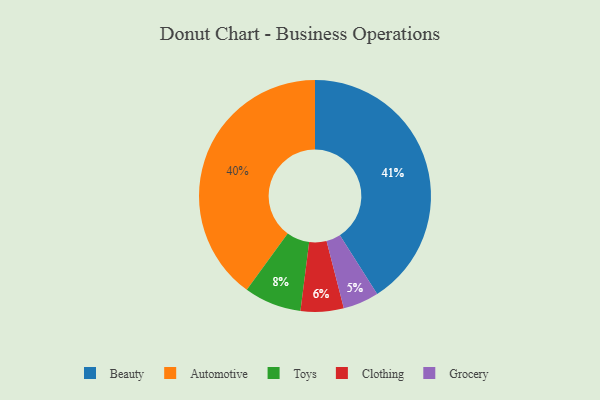
{"axis": {"x": "Category", "y": "Percentage"}, "legend": ["Automotive", "Beauty", "Clothing", "Grocery", "Toys"], "data": [{"x": "Clothing", "y": 6, "type": "Clothing"}, {"x": "Beauty", "y": 41, "type": "Beauty"}, {"x": "Automotive", "y": 40, "type": "Automotive"}, {"x": "Grocery", "y": 5, "type": "Grocery"}, {"x": "Toys", "y": 8, "type": "Toys"}]}